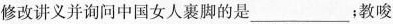
修改讲义并询问中国女人裹脚的是___；教唆